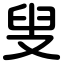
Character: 叟